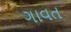
ગાવત